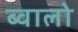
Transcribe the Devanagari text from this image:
ब्वालो